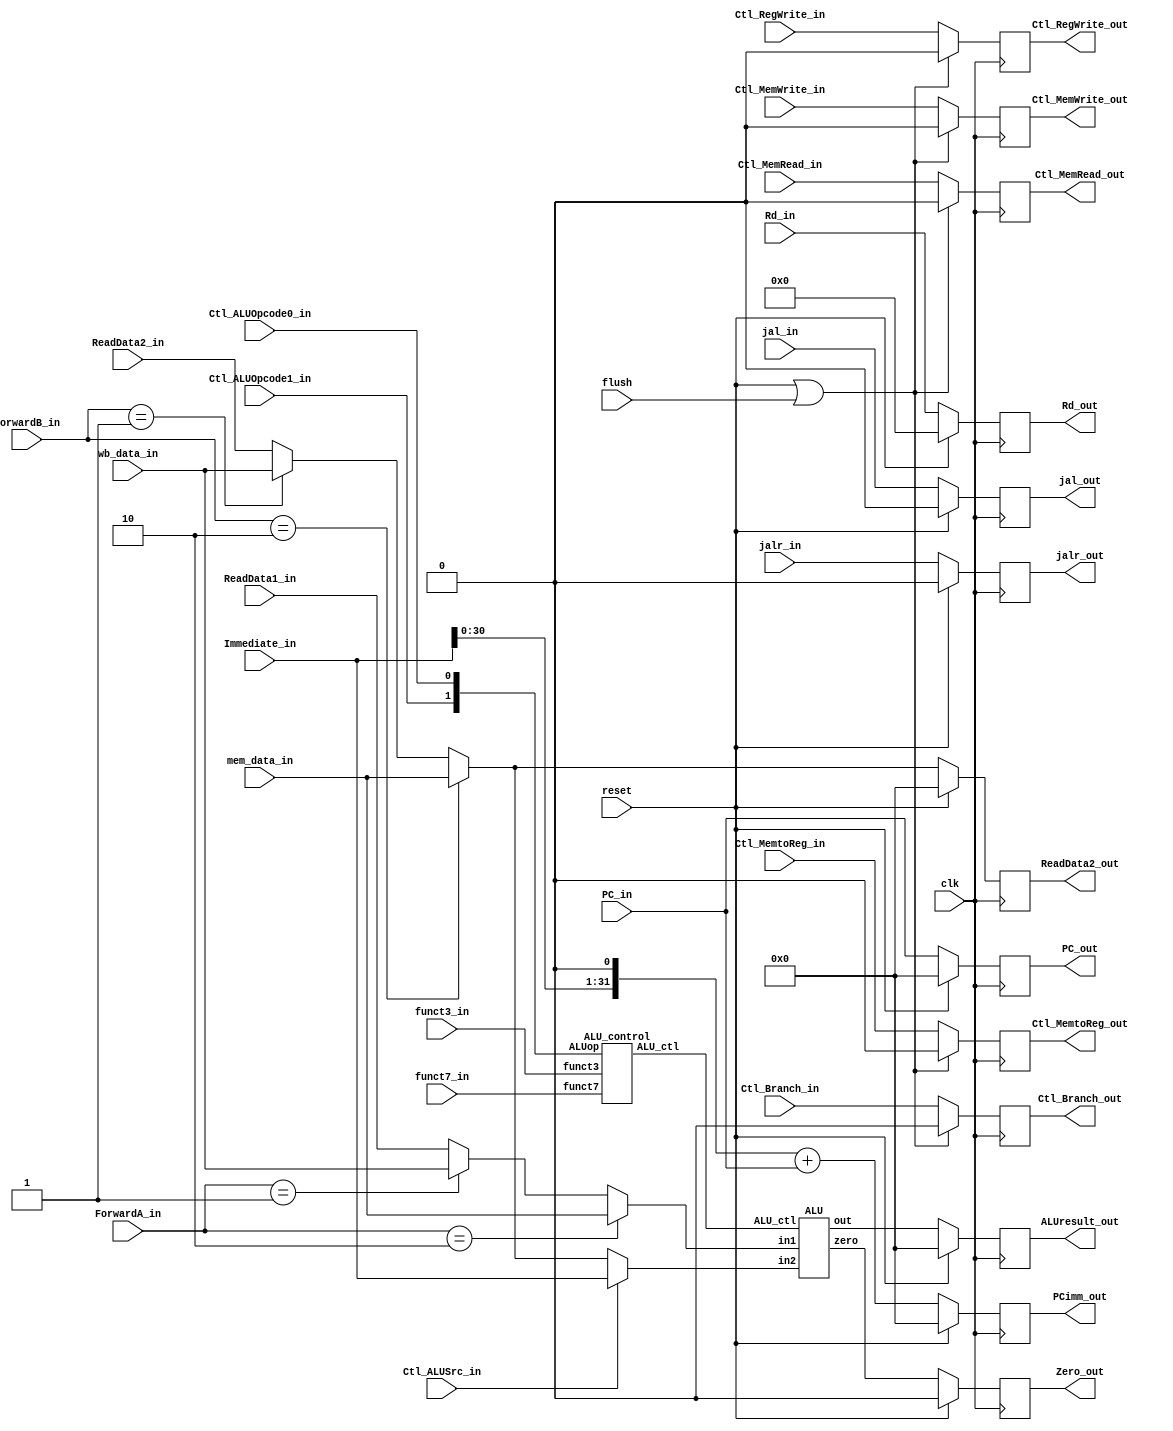
`timescale 1ns / 1ps
module Execution(
	input 	clk, reset,
	input		flush,
	// control signal
	input 		Ctl_ALUSrc_in, Ctl_MemtoReg_in, 	Ctl_RegWrite_in,Ctl_MemRead_in, Ctl_MemWrite_in, Ctl_Branch_in, Ctl_ALUOpcode1_in, Ctl_ALUOpcode0_in,
	output reg						Ctl_MemtoReg_out, Ctl_RegWrite_out, Ctl_MemRead_out,	Ctl_MemWrite_out,	Ctl_Branch_out,
	// bypass
	input 		[ 4:0] Rd_in,
	output reg 	[ 4:0] Rd_out,
	input					 jal_in, jalr_in,
	output reg			 jal_out, jalr_out,
	// 
	input 		[31:0] Immediate_in, ReadData1_in, ReadData2_in, PC_in, mem_data_in, wb_data_in,
	input 		[ 6:0] funct7_in, 
	input 		[ 2:0] funct3_in, 
	input			[ 1:0] ForwardA_in, ForwardB_in,
	output reg			 Zero_out,
	
	output reg 	[31:0] ALUresult_out, PCimm_out, ReadData2_out, PC_out
	);
	
	//RISC-V
	wire [3:0] ALU_ctl;
	wire [31:0] ALUresult;
	wire zero;
	
	wire [31:0] ALU_input1 = ForwardA_in == 2'b10 ? mem_data_in : ForwardA_in == 2'b01 ? wb_data_in : ReadData1_in;
	wire [31:0] ForwardB_input = ForwardB_in == 2'b10 ? mem_data_in : ForwardB_in == 2'b01 ? wb_data_in : ReadData2_in;
	wire [31:0] ALU_input2 = Ctl_ALUSrc_in ? Immediate_in : ForwardB_input;
		
	ALU_control B0 (.ALUop({Ctl_ALUOpcode1_in, Ctl_ALUOpcode0_in}), .funct7(funct7_in), .funct3(funct3_in), .ALU_ctl(ALU_ctl));
	ALU B1 (.ALU_ctl(ALU_ctl), .in1(ALU_input1), .in2(ALU_input2), .out(ALUresult), .zero(zero));
	
	// EX/MEM reg
	always@(posedge clk) begin
		Ctl_MemtoReg_out	<= reset || flush ? 0 : Ctl_MemtoReg_in;
		Ctl_RegWrite_out	<= reset || flush ? 0 : Ctl_RegWrite_in;
		Ctl_MemRead_out	<= reset || flush ? 0 : Ctl_MemRead_in;
		Ctl_MemWrite_out	<= reset || flush ? 0 : Ctl_MemWrite_in;
		Ctl_Branch_out		<= reset || flush ? 0 : Ctl_Branch_in;
		
		PC_out				<= reset ? 1'b0 : PC_in;
		jalr_out				<= reset ? 1'b0 : jalr_in;
		jal_out				<= reset ? 1'b0 : jal_in;
		Rd_out				<= reset ? 0 : Rd_in;
		PCimm_out			<= reset ? 0 : (Immediate_in << 1) + PC_in;
		ReadData2_out		<= reset ? 0 : ForwardB_input;
		ALUresult_out		<= reset ? 0 : ALUresult;
		Zero_out				<= reset ? 0 : zero;
		
	end
endmodule
//////////////////////////////////////////////////////////////////////////////////
module ALU_control(
	input [1:0] ALUop,
	input [6:0] funct7,
	input [2:0] funct3,
	output reg [3:0] ALU_ctl
	);
	
	//ALU_ctl	:	OPERATION
	//4'b0000	:	and	==>ReadData1&ReadData2
	//4'b0001	:	or		==>ReadData1|ReadData2
	//4'b0010	:	add	==>ReadData1+ReadData2(Immediate_in)
	//4'b0110	:	sub	==>ReadData1-ReadData2
	//4'b0111 	:	blt (branch if less than)
	//4'b1000 	:	bge (branch if greater equal)     // blt,bgezero=1 
	//4'b1100 	:	nor	==> ~(ReadData1|ReadData2)
	//4'b1001 	:	shift left
	//4'b1010 	:	shift right
	
	always @(*) begin
		casex ({ALUop,funct3,funct7})
			12'b00_xxx_xxxxxxx :	ALU_ctl	=	4'b0010;	// lb, lh, lw, sb, sh, sw 	=> ADDITION
			12'b01_00x_xxxxxxx :	ALU_ctl =	4'b0110;	// beq, bne 					=> SUBTRACT (funct3==3'b000)	||	(funct3==3'b001)
			12'b01_100_xxxxxxx :	ALU_ctl =	4'b0111;	// blt							=> BLT(branch if less than) (funct3==3'b100)
			12'b01_100_xxxxxxx :	ALU_ctl =	4'b1000;	// bge							=> BGE(branch if greater than) (funct3==3'b101)
			12'b10_000_0000000 :	ALU_ctl =	4'b0010;	// add							=> ADDITION (funct3==3'b000 && funct7==7'b0000000)
			12'b10_000_0100000 :	ALU_ctl =	4'b0110;	// sub							=> SUBTRACT (funct3==3'b000 && funct7==7'b0100000)
			12'b10_111_0000000 :	ALU_ctl =	4'b0000;	// and							=> AND (funct3==3'b111 && funct7==7'b0000000)
			12'b10_110_0000000 :	ALU_ctl =	4'b0001;	// or								=> OR (funct3==3'b110 && funct7==7'b0000000)
			12'b10_001_0000000 :	ALU_ctl =	4'b1001;	// sll							=> SHIFT_LEFT (funct3==3'b001)
			12'b10_101_0000000 :	ALU_ctl =	4'b1010;	// srl							=> SHIFT_RIGHT (funct3==3'b101)
			12'b00_000_xxxxxxx :	ALU_ctl =	4'b0010;	// addi, jalr					=> ADDITION (funct3==3'b000)
			12'b00_111_xxxxxxx :	ALU_ctl =	4'b0000;	// andi							=> AND (funct3==3'b111)	
			12'b10_001_0000000 :	ALU_ctl =	4'b1001;	// slli							=> SHIFT_LEFT (funct3==3'b001)
			12'b10_101_0000000 :	ALU_ctl =	4'b1010;	// srli							=> SHIFT_RIGHT (funct3==3'b101)
			default : ALU_ctl = 4'bx;
		endcase
	end

									
endmodule

//////////////////////////////////////////////////////////////////////////////////
module ALU(
	input [3:0] ALU_ctl,
	input [31:0] in1, in2,
	output reg [31:0] out,
	output zero
	);
	
	always @(*) begin
		case (ALU_ctl)
			4'b0000 :	out = in1 & in2;				// and
			4'b0001 :	out = in1 | in2;				// or
			4'b0010 :	out = in1 + in2;				// add
			4'b0110 :	out = in1 - in2;				// sub
			4'b0111 :	out = in1 < in2 ? 32'b0 : 32'b1;	// blt (branch if less than)
			4'b1000 :	out = in1 >= in2 ? 32'b0 : 32'b1;	// bge (branch if greater equal) 
			// blt,bgezero=1
			4'b1100 :	out = ~(in1 | in2);			// nor
			4'b1001 :	out = in1 << in2;				// shift left
			4'b1010 :	out = in1 >> in2;				// shift right
			default :	out = 32'b0;
		endcase
	end
						
	assign zero = 	~|out;
endmodule